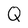
Character: Q